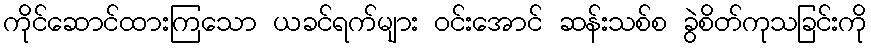
ကိုင်ဆောင်ထားကြသော ယခင်ရက်များ ဝင်းအောင် ဆန်းသစ်စ ခွဲစိတ်ကုသခြင်းကို